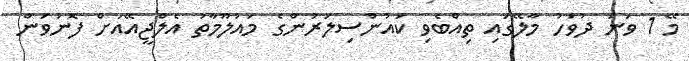
މޭ 1 ވަނަ ދުވަހު މާލޭގައި ތިއްބެވި ކައުންސިލަރުންގެ މައުލޫމާތު އެލްޖީއޭއަށް ފޮނުވަން